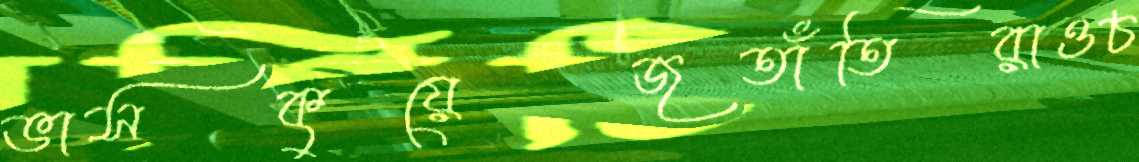
ভাসকুয়েজতাঁতিরাওচ